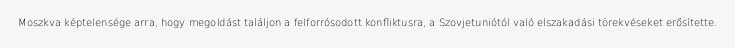
Moszkva képtelensége arra, hogy megoldást találjon a felforrósodott konfliktusra, a Szovjetuniótól való elszakadási törekvéseket erősítette.